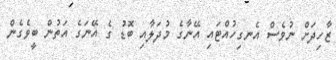
ޒާހިދަށް ނުވެސް އެނގިހުއްޓައި އޭނާގެ މުދަލާއި ބޮޑު ގެ އޭނަގެ އަތުން ބީވެގެން